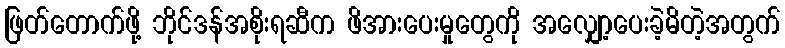
ဖြတ်တောက်ဖို့ ဘိုင်ဒန်အစိုးရဆီက ဖိအားပေးမှုတွေကို အလျှော့ပေးခဲ့မိတဲ့အတွက်